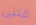
قلبى